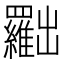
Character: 𠚢